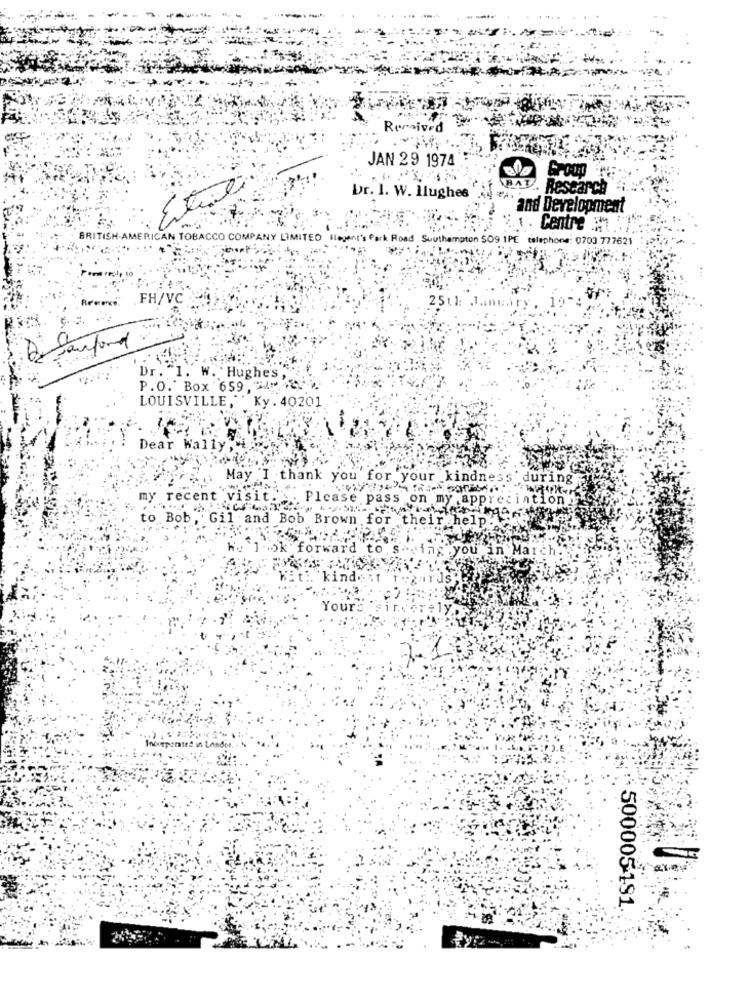
Remived
JAN 29 1974
BAT. Rescarca
Dr. 1. W. Hughes
and Development
. Centre ;
BRIT
ICAN TOBACCO CO
MITED Ilegen
Southampton SO9 1PE telephone: 0703 777621
FH/VC
25th .1 ...
Di Sanford
Dr. "1. W. Hughes ,.
P.O. Box 659, 748
LOUISVILLE," Ky . 40201
Dear Wally,
May I thank you for your kindness during
my recent visit. . Please pass on my appreciation!
ab Gil and Bob Brown for their help!
Ment
fo
you "in Mar
Your:
ated in L
500005191